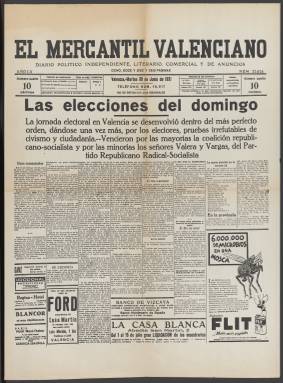
Título: El Mercantil valenciano
Colección: Periódicos
Ámbito geográfico: Valencia
Lugar de publicación: Valencia
Fechas: 30/06/1931-08/12/1936

Debido al estado de conservación del original todavía no ha sido posible digitalizar los números de 1933. La BNE dispone de una reproducción en microfilme de los mismos.